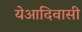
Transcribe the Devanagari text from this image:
येआदिवासी